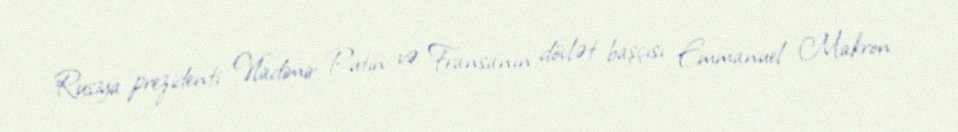
Rusiya prezidenti Vladimir Putin və Fransanın dövlət başçısı Emmanuel Makron